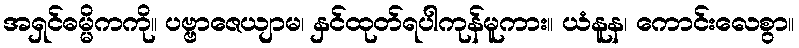
အရှင်ဓမ္မိကကို။ ပဗ္ဗာဇေယျာမ၊ နှင်ထုတ်ရပါကုန်မူကား။ ယံနူန၊ ကောင်းလေစွာ။